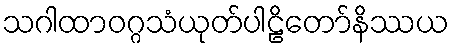
သဂါထာဝဂ္ဂသံယုတ်ပါဠိတော်နိဿယ